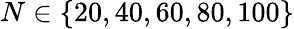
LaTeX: N\in\{ 20,40,60,80,100\}